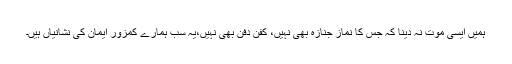
ہمیں ایسی موت نہ دینا کہ جس کا نمازِ جنازہ بھی نہیں، کفن دفن بھی نہیں،یہ سب ہمارے کمزور ایمان کی نشانیاں ہیں۔